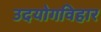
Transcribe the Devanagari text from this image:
उदयोगविहार